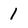
Character: 1